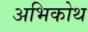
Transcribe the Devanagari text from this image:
अभिकोथ